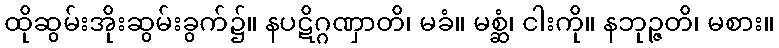
ထိုဆွမ်းအိုးဆွမ်းခွက်၌။ နပဋိဂ္ဂဏှာတိ၊ မခံ။ မစ္ဆံ၊ ငါးကို။ နဘုဉ္ဇတိ၊ မစား။